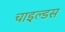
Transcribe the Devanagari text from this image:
चाइल्डस